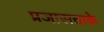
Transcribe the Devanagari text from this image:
प्रजासत्ताके